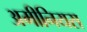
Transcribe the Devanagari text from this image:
अमीनियस